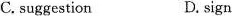
C. suggestion D. sign